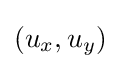
(u_{x},u_{y})